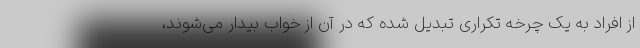
از افراد به یک چرخه تکراری تبدیل شده که در آن از خواب بیدار می‌شوند،